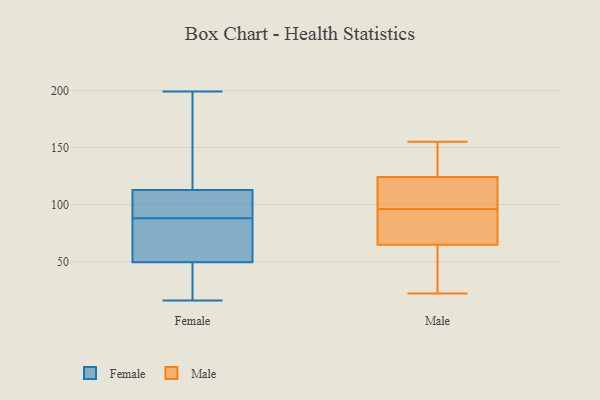
{"axis": {"x": "Satisfaction Score", "y": "Value"}, "legend": ["Female", "Male"], "data": [{"x": "", "y": 45, "type": "Female"}, {"x": "", "y": 88, "type": "Female"}, {"x": "", "y": 188, "type": "Female"}, {"x": "", "y": 72, "type": "Female"}, {"x": "", "y": 16, "type": "Female"}, {"x": "", "y": 34, "type": "Female"}, {"x": "", "y": 106, "type": "Female"}, {"x": "", "y": 102, "type": "Female"}, {"x": "", "y": 51, "type": "Female"}, {"x": "", "y": 64, "type": "Female"}, {"x": "", "y": 199, "type": "Female"}, {"x": "", "y": 22, "type": "Female"}, {"x": "", "y": 171, "type": "Female"}, {"x": "", "y": 111, "type": "Female"}, {"x": "", "y": 84, "type": "Female"}, {"x": "", "y": 118, "type": "Female"}, {"x": "", "y": 95, "type": "Female"}, {"x": "", "y": 108, "type": "Male"}, {"x": "", "y": 96, "type": "Male"}, {"x": "", "y": 49, "type": "Male"}, {"x": "", "y": 73, "type": "Male"}, {"x": "", "y": 82, "type": "Male"}, {"x": "", "y": 70, "type": "Male"}, {"x": "", "y": 137, "type": "Male"}, {"x": "", "y": 114, "type": "Male"}, {"x": "", "y": 120, "type": "Male"}, {"x": "", "y": 154, "type": "Male"}, {"x": "", "y": 107, "type": "Male"}, {"x": "", "y": 22, "type": "Male"}, {"x": "", "y": 76, "type": "Male"}, {"x": "", "y": 27, "type": "Male"}, {"x": "", "y": 45, "type": "Male"}, {"x": "", "y": 139, "type": "Male"}, {"x": "", "y": 155, "type": "Male"}]}